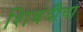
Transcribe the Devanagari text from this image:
शिबंदीचा